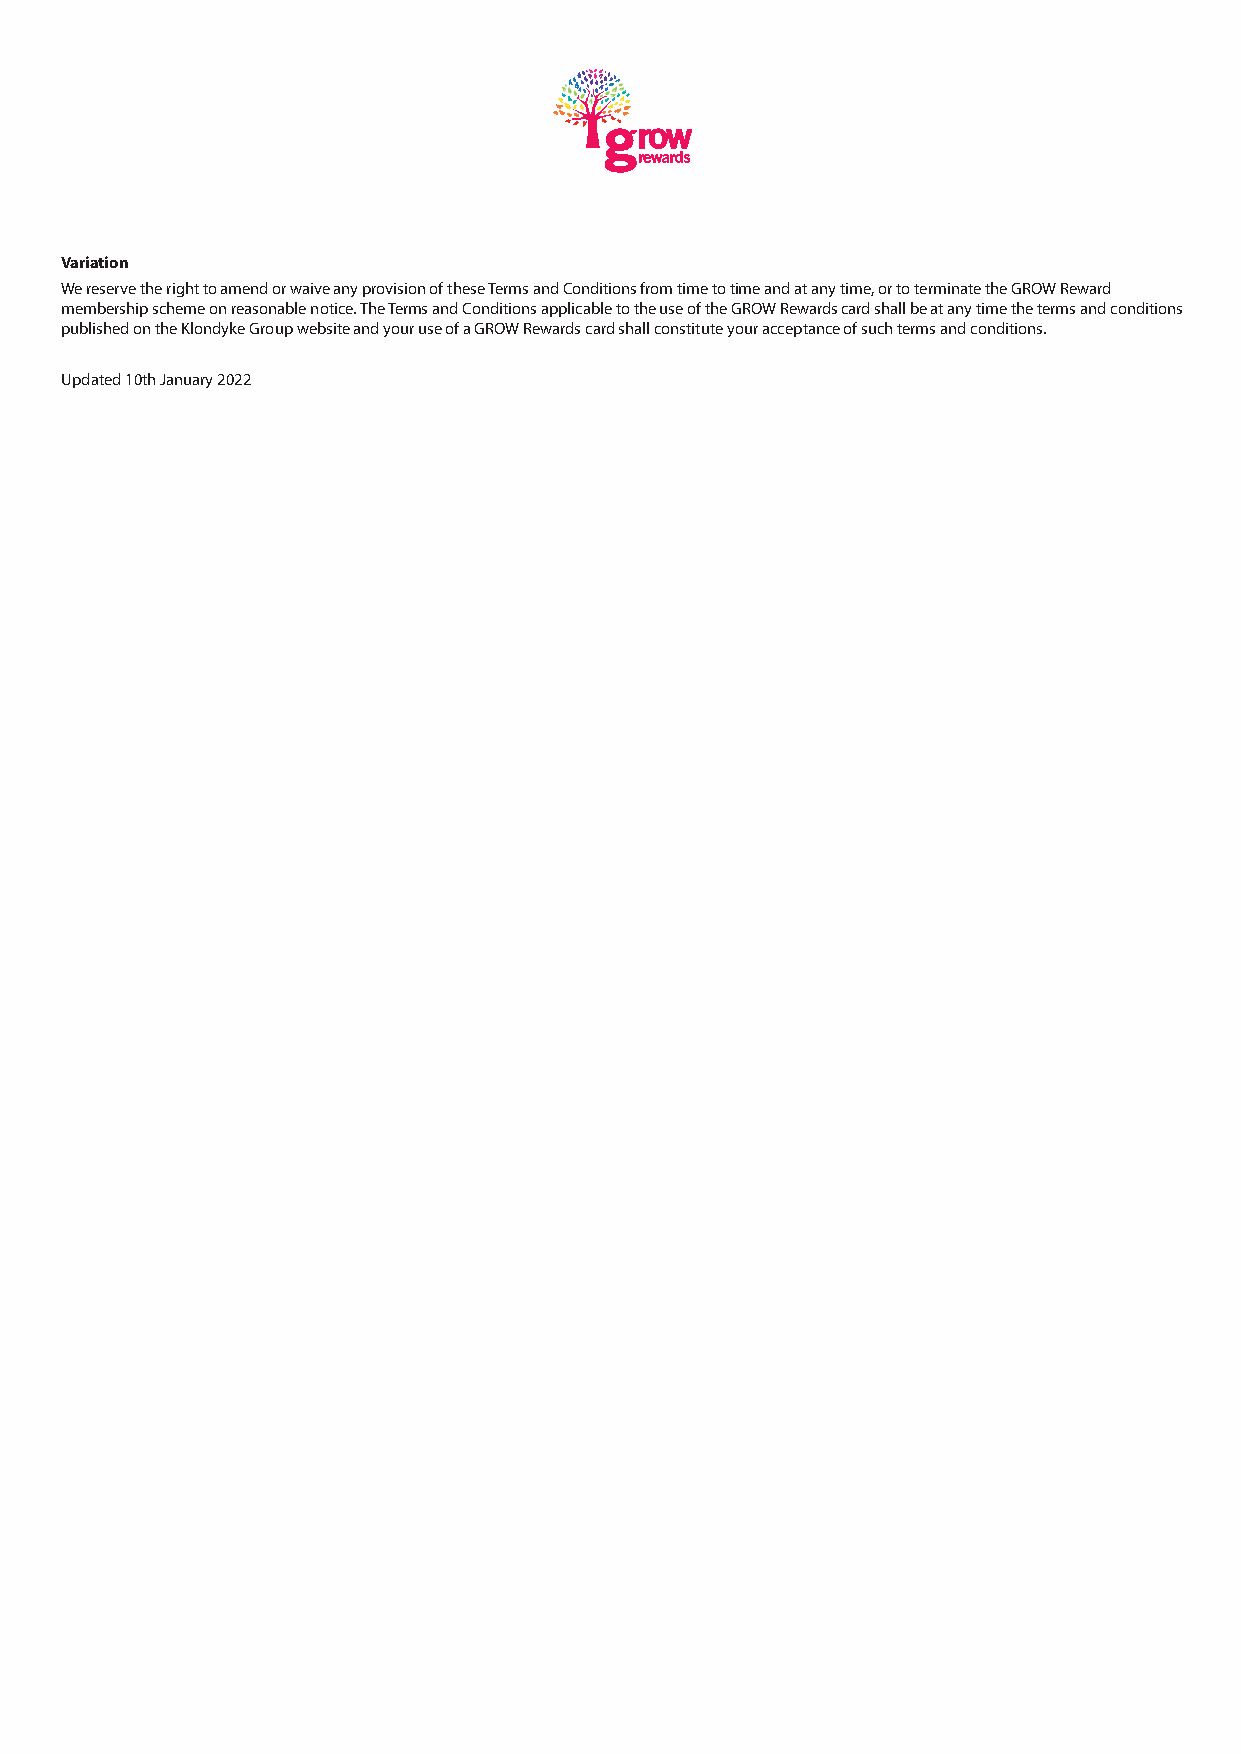
Variation
 We reserve the right to amend or waive any provision of these Terms and Conditions from time to time and at any time, or to terminate the GROW Reward
 membership scheme on reasonable notice. The Terms and Conditions applicable to the use of the GROW Rewards card shall be at any time the terms and conditions
 published on the Klondyke Group website and your use of a GROW Rewards card shall constitute your acceptance of such terms and conditions.
 Updated 10th January 2022